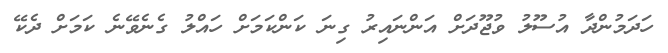
ހަދަމުންދާ އުސޫލު ވުޖޫދަށް އަންނައިރު ގިނަ ކަންކަމަށް ހައްލު ގެނެވޭނެ ކަމަށް ދެކޭ